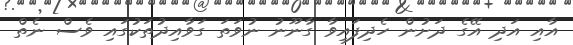
އާއި އަދި އޭގެ ދަށުން ހެދިފައިވާ ގާނޫނު ނުވަތަ ގަވާއިދުތަކުގައި ވެސް ނެތް